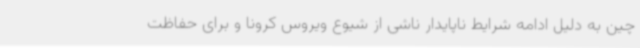
چین به دلیل ادامه شرایط ناپایدار ناشی از شیوع ویروس کرونا و برای حفاظت